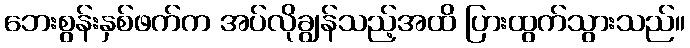
ဘေးစွန်းနှစ်ဖက်က အပ်လိုချွန်သည့်အထိ ပြားထွက်သွားသည်။